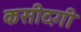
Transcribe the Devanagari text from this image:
कसीदगी